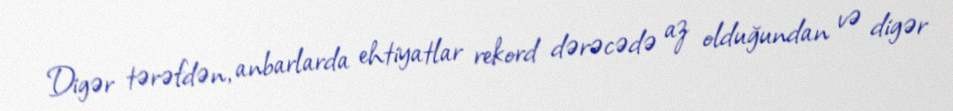
Digər tərəfdən, anbarlarda ehtiyatlar rekord dərəcədə az olduğundan və digər